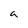
Character: a